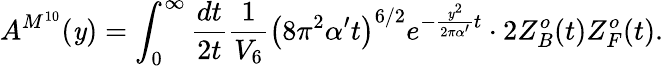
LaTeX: A^{M^{10}}(\mathit{y})=\int_{0}^{\infty}{\frac{{dt}}{{2t}}}{\frac{{1}}{{V_{6}}}}\left(8\pi^{2}\alpha^{\prime}t\right)^{6/2}e^{-{\frac{{\mathit{y}^{2}}}{{2\pi\alpha^{\prime}}}}t}\cdot2Z_{B}^{o}(t)Z_{F}^{o}(t).